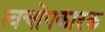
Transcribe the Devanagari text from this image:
त्वचोपकारक